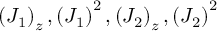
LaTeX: \left( J _ { 1 } \right) _ { z } , \left( J _ { 1 } \right) ^ { 2 } , \left( J _ { 2 } \right) _ { z } , \left( J _ { 2 } \right) ^ { 2 }